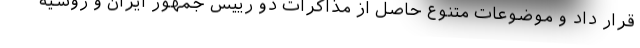
قرار داد و موضوعات متنوع حاصل از مذاکرات دو رییس جمهور ایران و روسیه